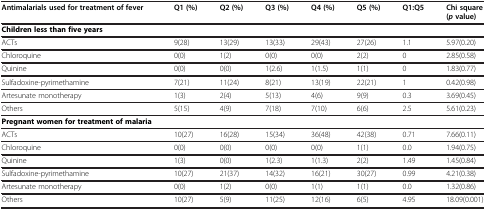
| Antimalarials used for treatment of fever | Q1 (%) | Q2 (%) | Q3 (%) | Q4 (%) | Q5 (%) | Q1:Q5 | Chi square (p value) |
 | --- | --- | --- | --- | --- | --- | --- | --- |
 | Children less than five years |  |  |  |  |  |  |  |
 | ACTs | 9(28) | 13(29) | 13(33) | 29(43) | 27(26) | 1.1 | 5.97(0.20) |
 | Chloroquine | 0(0) | 1(2) | 0(0) | 0(0) | 2(2) | 0 | 2.85(0.58) |
 | Quinine | 0(0) | 0(0) | 1(2.6) | 1(1.5) | 1(1) | 0 | 1.83(0.77) |
 | Sulfadoxine-pyrimethamine | 7(21) | 11(24) | 8(21) | 13(19) | 22(21) | 1 | 0.42(0.98) |
 | Artesunate monotherapy | 1(3) | 2(4) | 5(13) | 4(6) | 9(9) | 0.3 | 3.69(0.45) |
 | Others | 5(15) | 4(9) | 7(18) | 7(10) | 6(6) | 2.5 | 5.61(0.23) |
 | Pregnant women for treatment of malaria |  |  |  |  |  |  |  |
 | ACTs | 10(27) | 16(28) | 15(34) | 36(48) | 42(38) | 0.71 | 7.66(0.11) |
 | Chloroquine | 0(0) | 0(0) | 0(0) | 0(0) | 1(1) | 0.0 | 1.94(0.75) |
 | Quinine | 1(3) | 0(0) | 1(2.3) | 1(1.3) | 2(2) | 1.49 | 1.45(0.84) |
 | Sulfadoxine-pyrimethamine | 10(27) | 21(37) | 14(32) | 16(21) | 30(27) | 0.99 | 4.21(0.38) |
 | Artesunate monotherapy | 0(0) | 1(2) | 0(0) | 1(1) | 1(1) | 0.0 | 1.32(0.86) |
 | Others | 10(27) | 5(9) | 11(25) | 12(16) | 6(5) | 4.95 | 18.09(0.001) |